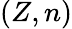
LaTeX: (Z,n)